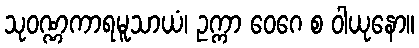
သုဝဏ္ဏကာရမူသာယံ၊ ဥက္ကာ ဝေဂေ စ ဝါယုနော။